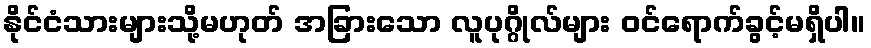
နိုင်ငံသားများသို့မဟုတ် အခြားသော လူပုဂ္ဂိုလ်များ ဝင်ရောက်ခွင့်မရှိပါ။